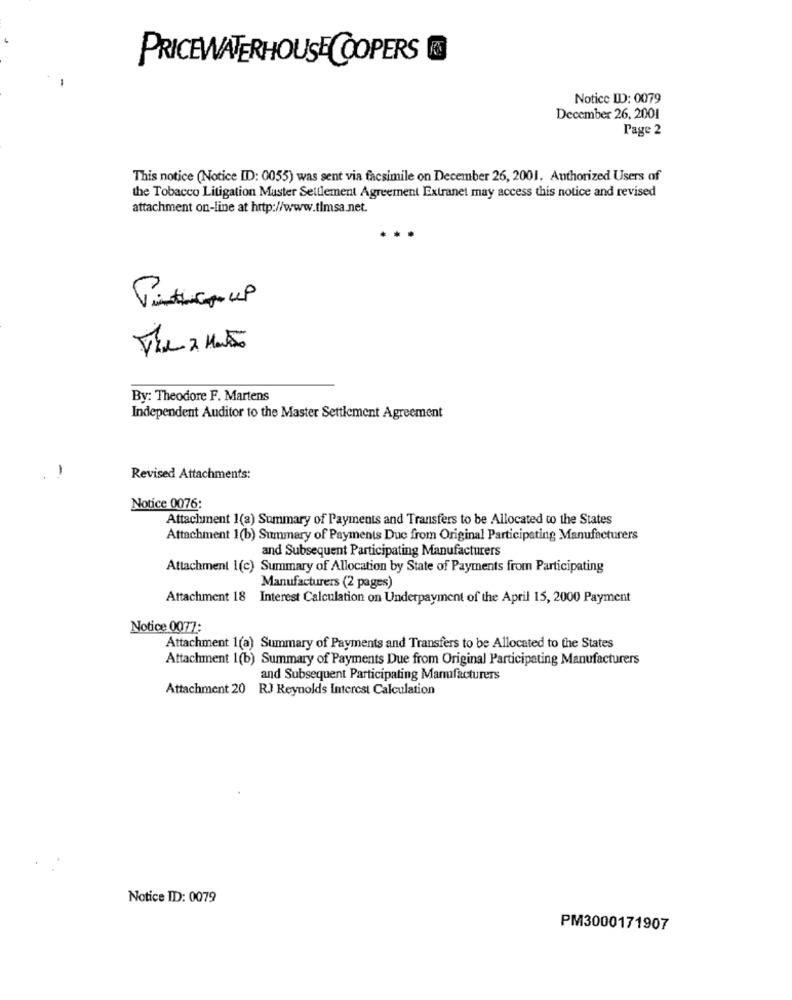
PRICEWATERHOUSE COOPERS
Notice ID: 0079
December 26, 2001
Page 2
This notice (Notice [ID: 0055) was sent via facsimile on December 26, 2001. Authorized Users of
the Tobacco Litigation Master Settlement Agreement Extranet may access this notice and revised
attachment on-line at http://www.tlmsa.net.
...
The 2 Miss
By: Theodore F. Martens
Independent Auditor to the Master Settlement Agreement
-
Revised Attachments:
Notice 0076:
Attachment 1(a) Summary of Payments and Transfers to be Allocated to the States
Attachment 1(b) Summary of Payments Due from Original Participating Manufacturers
and Subsequent Participating Manufacturers
Attachment 1(c) Summary of Allocation by State of Payments from Participating
Manufacturers (2 pages)
Attachment 18 Interest Calculation on Underpayment of the April 15, 2000 Payment
Notice 0077:
Attachment 1(a) Summary of Payments and Transfers to be Allocated to the States
Attachment 1(b) Summary of Payments Due from Original Participating Manufacturers
and Subsequent Participating Manufacturers
Attachment 20 RJ Reynolds Interest Calculation
Notice ID: 0079
PM3000171907